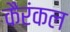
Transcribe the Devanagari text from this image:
कैरंकल